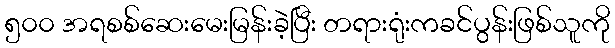
၅၀၀ အရစစ်ဆေးမေးမြန်းခဲ့ပြီး တရားရုံးကခင်ပွန်းဖြစ်သူကို